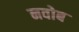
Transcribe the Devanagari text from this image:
नवोब